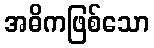
အဓိကဖြစ်သော